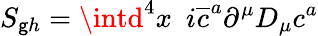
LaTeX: S_{\mathsf{g}h}=\intd^{4}x\, \, \, i\overline{{{{c}}}}^{a}\partial^{\mu}D_{\mu}c^{a}